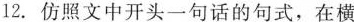
12.仿照文中开头一句话的句式，在横